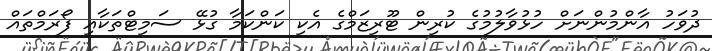
ދުވަހު އާންމުންނަށް ހުޅުވާލުމުގެ ކުރިން ޓޫރިޒަމްގެ އެކި ކަންކަމާ ގުޅޭ ސަމިޓްތަކާއި ފޯރަމްތައް